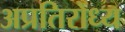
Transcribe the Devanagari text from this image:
अप्रतिरोध्य